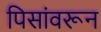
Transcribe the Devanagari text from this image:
पिसांवरून